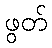
ဖွတ်